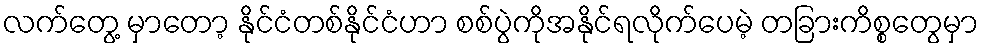
လက်တွေ့ မှာတော့ နိုင်ငံတစ်နိုင်ငံဟာ စစ်ပွဲကိုအနိုင်ရလိုက်ပေမဲ့ တခြားကိစ္စတွေမှာ